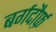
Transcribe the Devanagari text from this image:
बर्गदौर्फ़